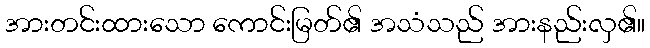
အားတင်းထားသော ကောင်းမြတ်၏ အသံသည် အားနည်းလှ၏။